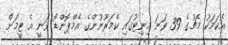
އެކަމަކު މެޗުގެ 39 ވަނަ މިނިޓުގައި ކެމަރޫނުންގެ އެމްޕޮންޑޯ ވަނީ އެ ޓީމަށް